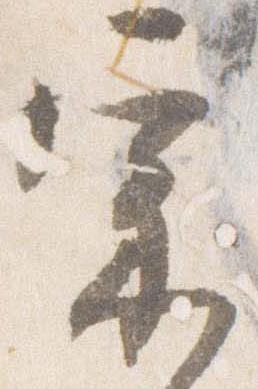
宗